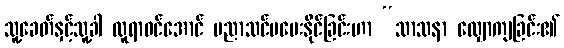
သူ့ခေတ်နှင့်သူ့ခါ လူရာဝင်အောင် ပညာသင်မပေးနိုင်ခြင်းဟာ “သာသနာ လျှောကျခြင်း၏